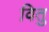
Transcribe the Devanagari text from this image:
वितु